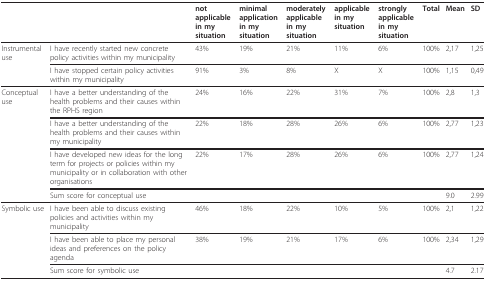
<table><thead><tr><td></td><td></td><td><b>not applicable in my situation</b></td><td><b>minimal application in my situation</b></td><td><b>moderately applicable in my situation</b></td><td><b>applicable in my situation</b></td><td><b>strongly applicable in my situation</b></td><td><b>Total</b></td><td><b>Mean</b></td><td><b>SD</b></td></tr></thead><tbody><tr><td>Instrumental use</td><td>I have recently started new concrete policy activities within my municipality</td><td>43%</td><td>19%</td><td>21%</td><td>11%</td><td>6%</td><td>100%</td><td>2,17</td><td>1,25</td></tr><tr><td></td><td>I have stopped certain policy activities within my municipality</td><td>91%</td><td>3%</td><td>8%</td><td>X</td><td>X</td><td>100%</td><td>1,15</td><td>0,49</td></tr><tr><td>Conceptual use</td><td>I have a better understanding of the health problems and their causes within the RPHS region</td><td>24%</td><td>16%</td><td>22%</td><td>31%</td><td>7%</td><td>100%</td><td>2,8</td><td>1,3</td></tr><tr><td></td><td>I have a better understanding of the health problems and their causes within my municipality</td><td>22%</td><td>18%</td><td>28%</td><td>26%</td><td>6%</td><td>100%</td><td>2,77</td><td>1,23</td></tr><tr><td></td><td>I have developed new ideas for the long term for projects or policies within my municipality or in collaboration with other organisations</td><td>22%</td><td>17%</td><td>28%</td><td>26%</td><td>6%</td><td>100%</td><td>2,77</td><td>1,24</td></tr><tr><td></td><td>Sum score for conceptual use</td><td></td><td></td><td></td><td></td><td></td><td></td><td>9.0</td><td>2.99</td></tr><tr><td>Symbolic use</td><td>I have been able to discuss existing policies and activities within my municipality</td><td>46%</td><td>18%</td><td>22%</td><td>10%</td><td>5%</td><td>100%</td><td>2,1</td><td>1,22</td></tr><tr><td></td><td>I have been able to place my personal ideas and preferences on the policy agenda</td><td>38%</td><td>19%</td><td>21%</td><td>17%</td><td>6%</td><td>100%</td><td>2,34</td><td>1,29</td></tr><tr><td></td><td>Sum score for symbolic use</td><td></td><td></td><td></td><td></td><td></td><td></td><td>4.7</td><td>2.17</td></tr></tbody></table>